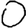
Digit: 0